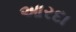
આરદા